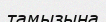
тамызына